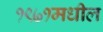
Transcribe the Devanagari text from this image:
१९७१मधील